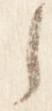
之